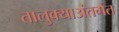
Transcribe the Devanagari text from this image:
तालुक्याअंतर्गत